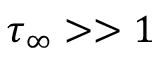
\tau _ { \infty } > > 1